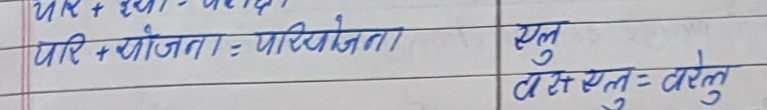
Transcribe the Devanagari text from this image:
परि + योजना = परियोजना
चरेस + हेलु = चरेलु